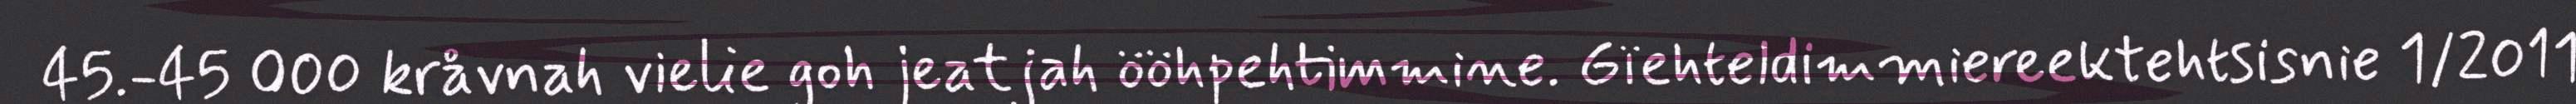
45.-45 000 kråvnah vielie goh jeatjah ööhpehtimmine. Gïehteldimmiereektehtsisnie 1/2011